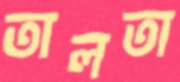
তালতা